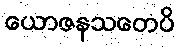
ယောဇနသတေပိ